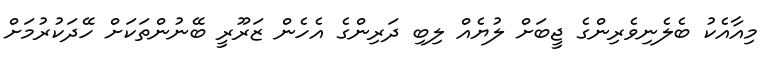
މިއާއެކު ބެލެނިވެރިންގެ ޖީބަށް ލުޔެއް ލިބި ދަރިންގެ އެހެން ޒަރޫރީ ބޭނުންތަކަށް ހޭދަކުރުމަށް